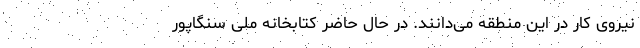
نیروی کار در این منطقه می‌دانند. در حال حاضر کتابخانه ملی سنگاپور